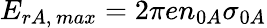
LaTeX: E_{rA,\, max}=2\pi en_{0A}\sigma_{0A}